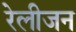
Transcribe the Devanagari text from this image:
रेलीजन